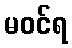
မဝင်ရ